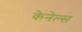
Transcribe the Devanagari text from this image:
केनेल्स